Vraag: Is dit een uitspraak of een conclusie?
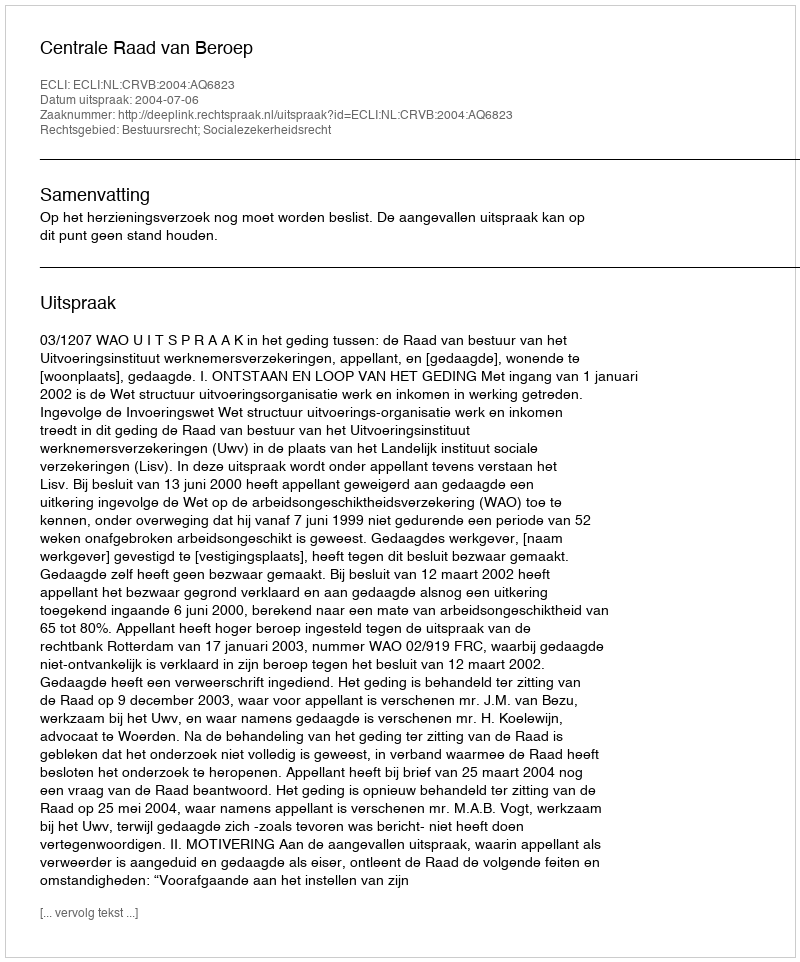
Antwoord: Uitspraak